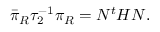
\bar { \pi } _ { R } \tau _ { 2 } ^ { - 1 } \pi _ { R } = N ^ { t } H N .